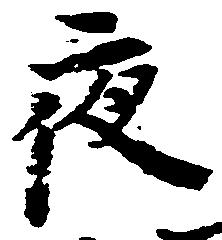
夜